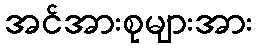
အင်အားစုများအား